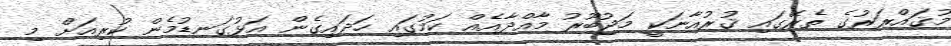
މުޤައްރަރުގެ ތެރޭގައި ޤުރުއާނަކީ މަޖުބޫރު މާއްދާއެއް ކަމުގައި ހަދައިގެން އަޅުގަނޑުމެން ކުރިއަށް މި